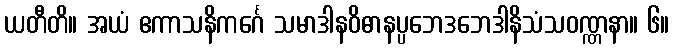
ယတီတိ။ အယံ ဧကာသနိကင်္ဂေ သမာဒါနဝိဓာနပ္ပဘေဒဘေဒါနိသံသဝဏ္ဏနာ။ ၆။